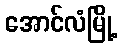
အောင်လံမြို့